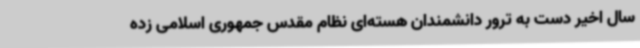
سال اخیر دست به ترور دانشمندان هسته‌ای نظام مقدس جمهوری اسلامی زده